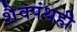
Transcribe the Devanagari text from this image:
शैवपंथही